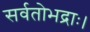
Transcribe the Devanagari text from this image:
सर्वतोभद्राः।